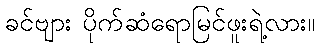
ခင်ဗျား ပိုက်ဆံရောမြင်ဖူးရဲ့လား။